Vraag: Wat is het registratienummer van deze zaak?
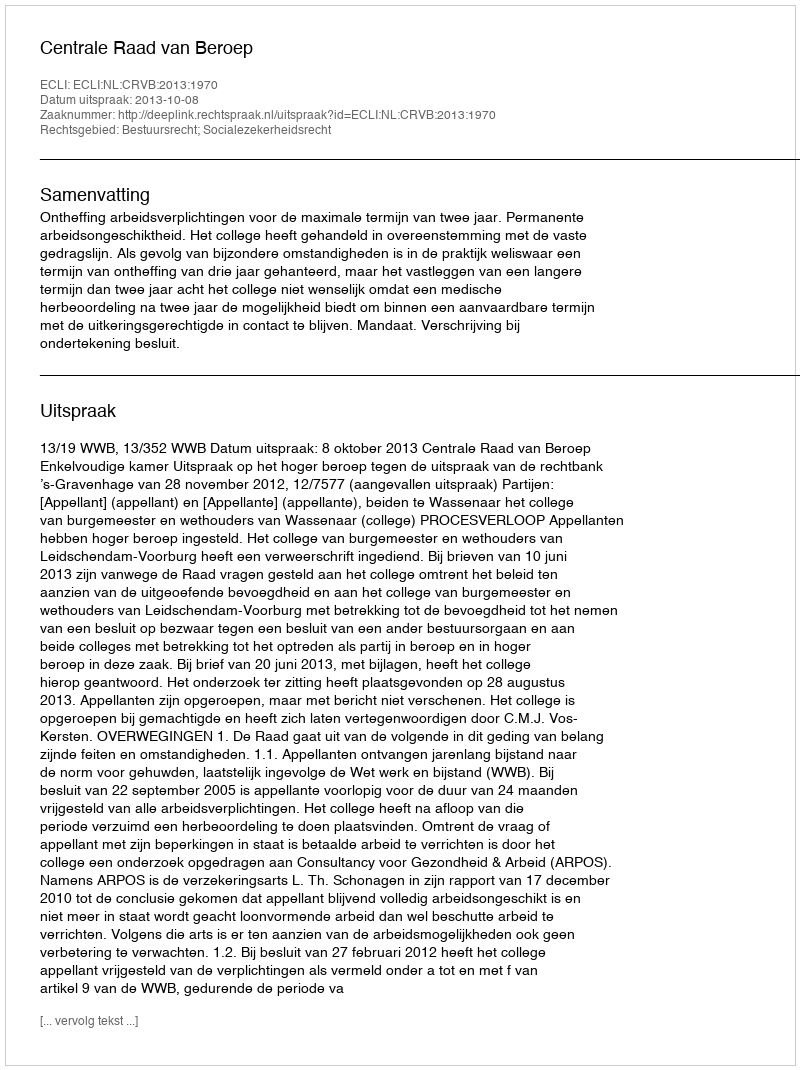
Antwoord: http://deeplink.rechtspraak.nl/uitspraak?id=ECLI:NL:CRVB:2013:1970